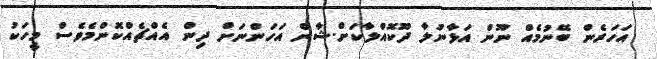
އަހަރެން ބޭނުމެއް ނޫން އަޅާނުލާ ދޫކޮއްލާކަށް.ޝާން އަހަންނަށް ދިން އެއްޗެއްކޮންމެވެސް މީހަކު